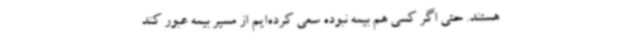
هستند. حتی اگر کسی هم بیمه نبوده سعی کرده‌ایم از مسیر بیمه عبور کند